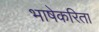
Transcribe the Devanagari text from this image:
भाषेकरिता